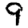
Digit: 9